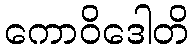
ကောဝိဒေါတိ